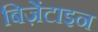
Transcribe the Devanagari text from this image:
बिज़ेंटाइन